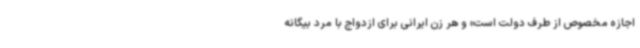
اجازه مخصوص از طرف دولت است» و هر زن ایرانی برای ازدواج با مرد بیگانه